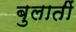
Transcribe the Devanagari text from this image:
बुलातीं